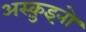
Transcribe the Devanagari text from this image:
अस्क़ुइनो